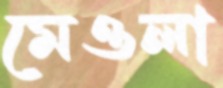
মেওলা